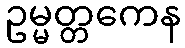
ဥမ္မတ္တကေန